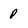
Character: p